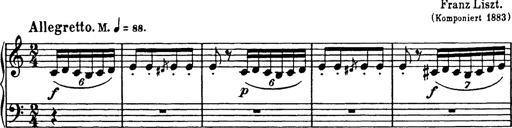
Title: Mephisto Polka
Composer: Franz Liszt